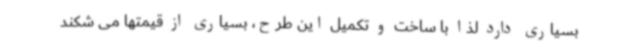
بسیاری دارد لذا با ساخت و تکمیل این طرح، بسیاری از قیمتها می شکند